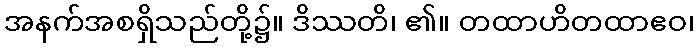
အနက်အစရှိသည်တို့၌။ ဒိဿတိ၊ ၏။ တထာဟိတထာဧဝ၊